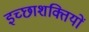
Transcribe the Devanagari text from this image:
इच्छाशक्तियों